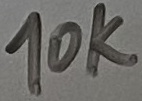
Text: 10K